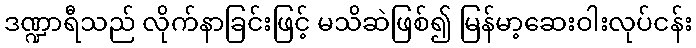
ဒဏ္ဍာရီသည် လိုက်နာခြင်းဖြင့် မသိဆဲဖြစ်၍ မြန်မာ့ဆေးဝါးလုပ်ငန်း